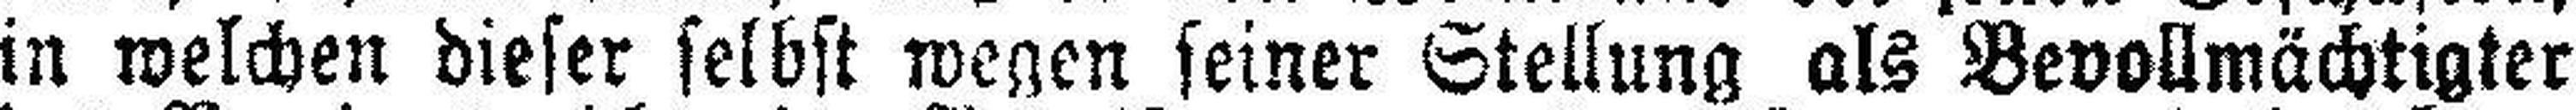
in welchen dieser selbst wegen seiner Stellung als Bevollmächtigter